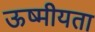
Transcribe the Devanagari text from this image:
ऊष्मीयता